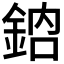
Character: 𨦳